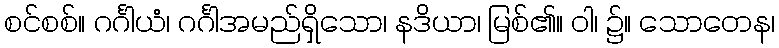
စင်စစ်။ ဂင်္ဂါယံ၊ ဂင်္ဂါအမည်ရှိသော၊ နဒိယာ၊ မြစ်၏။ ဝါ၊ ၌။ သောတေန၊